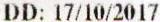
DD: 17/10/2017